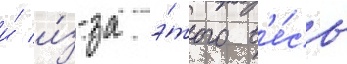
и́ и́з-за э́того в'е́сь